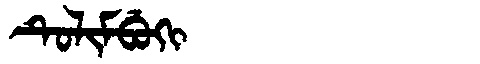
Manchu: ᡨᡠᠯᡳᠮᠪᡠᡴᡳ
Romanization: TULIMBUKI